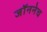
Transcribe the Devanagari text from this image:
जॉननेच